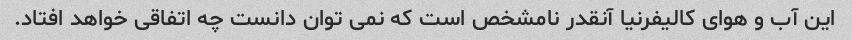
این آب و هوای کالیفرنیا آنقدر نامشخص است که نمی توان دانست چه اتفاقی خواهد افتاد.